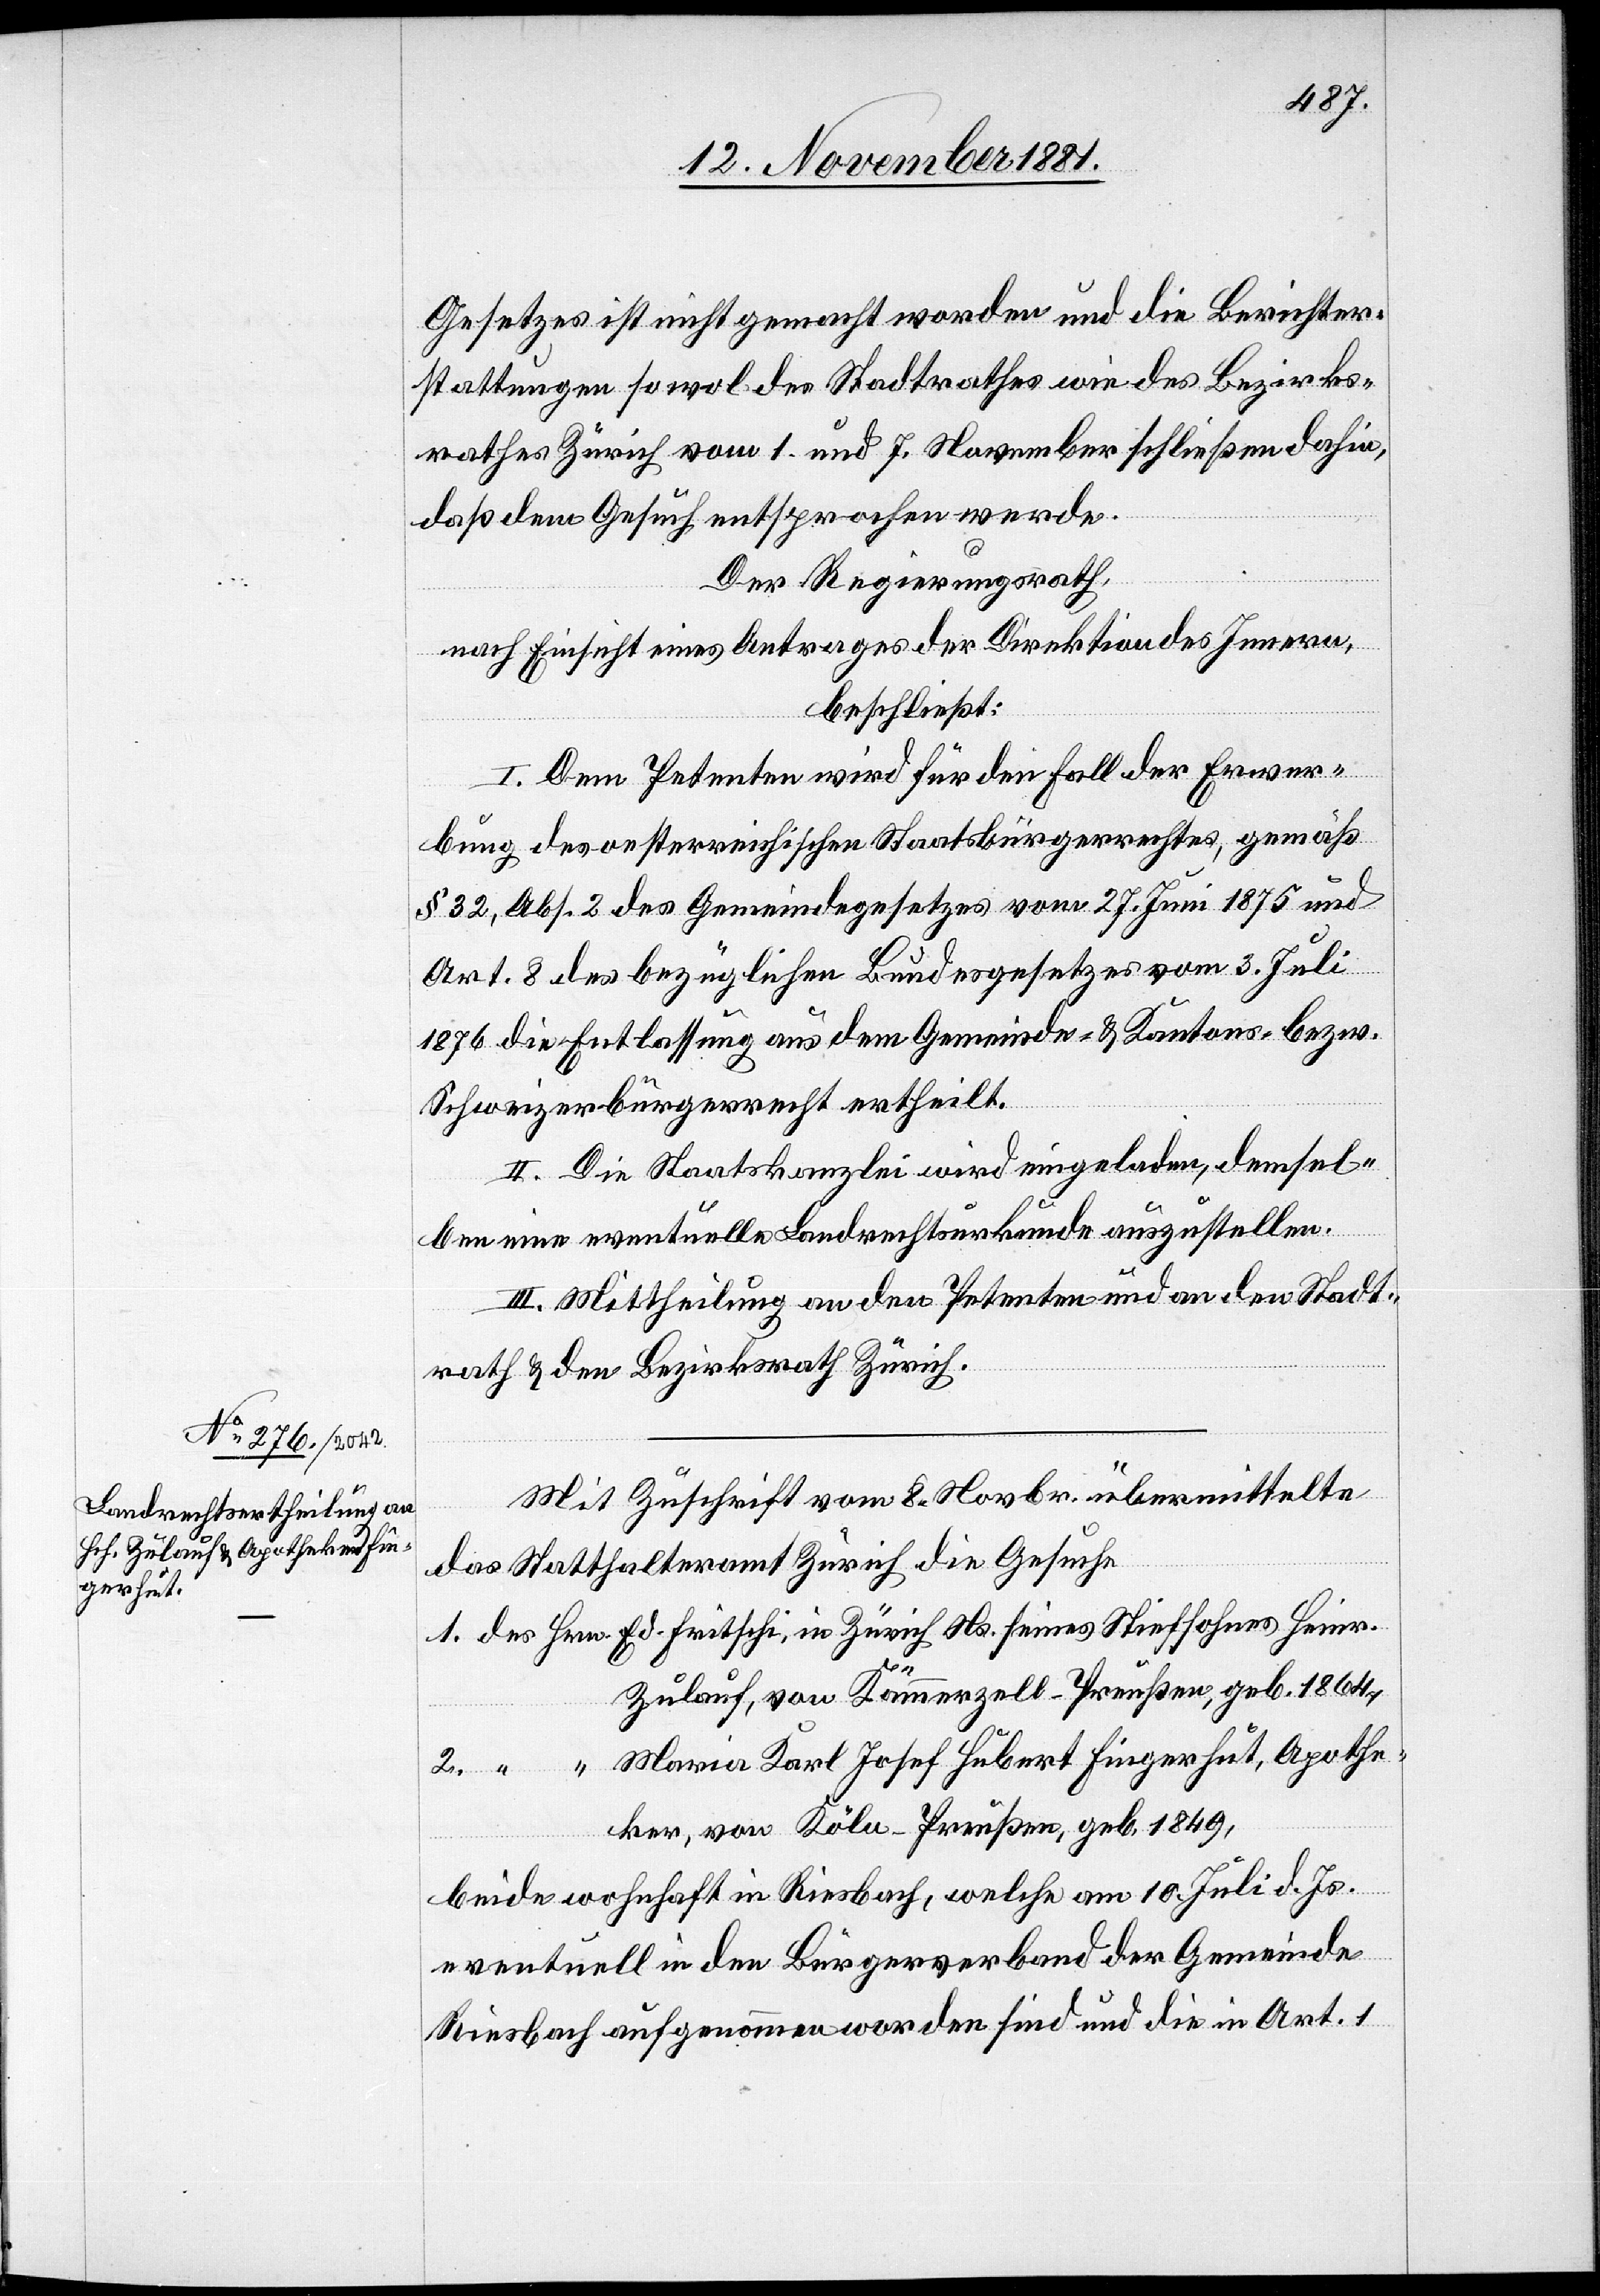
Gesetzes ist nicht gemacht worden und die Berichter¬
stattungen sowol des Stadtrathes wie des Bezirks¬
rathes Zürich vom 1. und 7. November schließen dahin,
daß dem Gesuch entsprochen werde.
Der Regierungsrath,
nach Einsicht eines Antrages der Direktion des Innern,
beschließt:
I. Dem Petenten wird für den Fall der Erwer¬
2.
bung des oesterreichischen Staatsbürgerrechtes, gemäß
§ 32, Abs. 2 des Gemeindegesetzes vom 27. Juni 1875 und
Art. 8 des bezüglichen Bundesgesetzes vom 3. Juli
1876 die Entlassung aus dem Gemeinde- & Kantons- bezw.
Schweizerbürgerrecht ertheilt.
II. Die Staatskanzlei wird eingeladen, demsel¬
ben eine eventuelle Landrechtsurkunde auszustellen.
III. Mittheilung an den Petenten und an den Stadt¬
rath & den Bezirksrath Zürich.
Mit Zuschrift vom 8. Novbr. übermittelte
das Statthalteramt Zürich die Gesuche
1. des Hrn. Ed. Fritschi, in Zürich Ns. seines Stiefsohnes Heinr.
Zulauf, von Kammerzell - Preußen, geb. 1864,
[Hrn.] Maria Karl Josef Hubert Fingerhut, Apothe¬
ker, von Köln - Preußen, geb. 1849,
beide wohnhaft in Riesbach, welche am 10. Juli d. Js.
eventuell in den Bürgerverband der Gemeinde
Riesbach aufgenommen worden sind und die in Art. 1